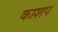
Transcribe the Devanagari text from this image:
काशप